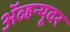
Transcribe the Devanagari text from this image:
ॲव्हन्यूवर